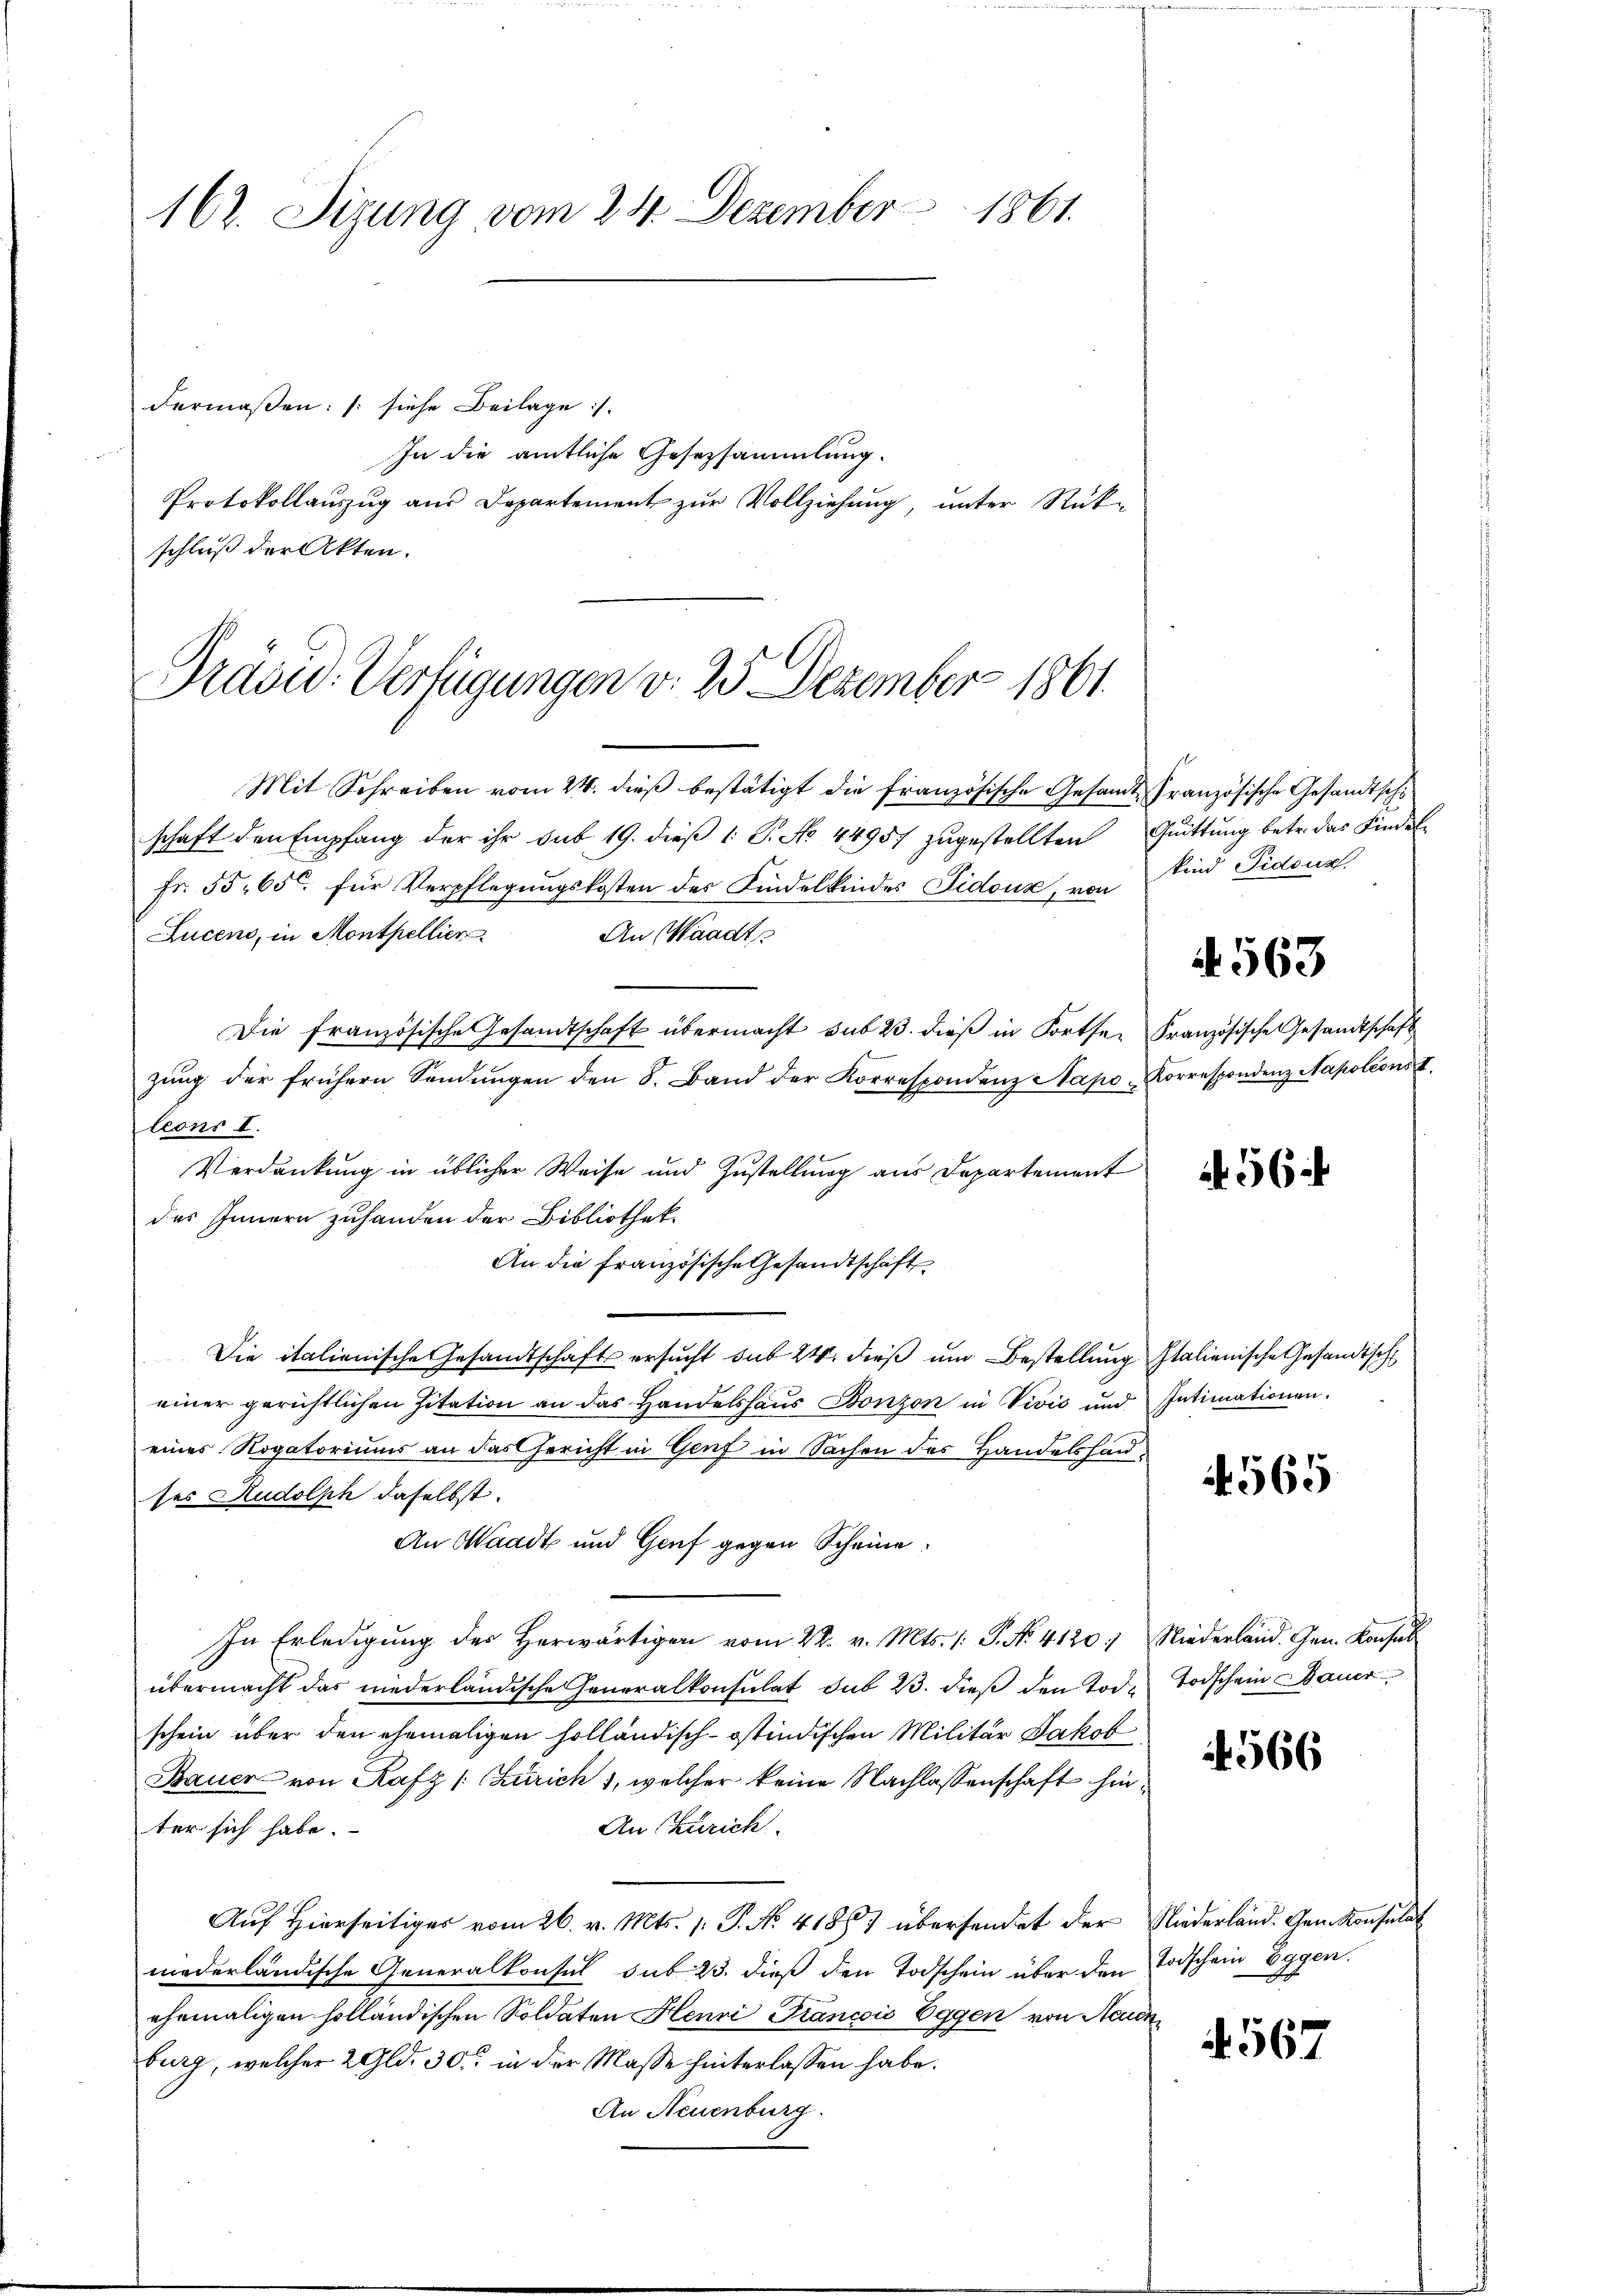
162. Sizung vom 24. Dezember 1861

dermaßen: /: siehe Beilage :/
In die amtliche Gesezsammlung.
Protokollauszug aus Departement zur Vollziehung, unter Rück-
schluß der Akten.
Mit Schreiben vom 24. dieß bestätigt die französische Gesamt Französische Gesandtschi
schaft den Empfang der ihr sub 19. dieβ 1 S. No. 44957 zŭgestellten Quittung betr. das Findel¬
Fr. 55. 650 für Verpflegungskosten des Kindelkindes Sidouz, von Kind Pidouz
Luceno, in Monthellier
An Waadt
Die französische Gesandtschaft übermacht sub 23. dieß in Fortse Französische Gesandtschaft
zung der frühern Sendungen den 8. Band der Korrespondenz Napo- Korrespondenz Napoleons
teons I.
Verdankung in üblicher Weise und Zustellung aus Departement
des Innern zuhanden der Bibliothek
An die französische Gesandtschaft
Die italienische Gesandtschafts ersucht sub 24. dieß und Bestellung Italienische Gesandtsch
einer gerichtlichen Zitation an das Handelshaus Bonzon in Vivić und Intimationen.
eines Rogatoriums an das Gericht in Genf in Sachen des Handelshauses Rudolph daselbst.
An Waadt und Genf gegen Scheine
In Erledigung des Herwärtigen vom 22. v. Mts. 1. P. No. 4120) Niederland. Gen. Konsul
übermacht das niederländische Generalkonsulat sub 23. dieß den Tod. Todschein Bauer
schein über den ehemaligen holländisch-östindischen Militär Jakob
Bauer von Rafz (Zürich 1, welcher keine Nachlassenschaft hin¬
An Zürich.
ter sich habe.
Auf Hierseitiger vom 26. v. Mts. 1. P. No. 41883 übersendet der Niederland. Gen. Konsulat
niederländische Generalkonsul sub 23. dieß den Todschein über den Todschein Eggen.
ehemaligen holländischen Soldaten Henri Francois Eggen von Neuen
burg, welcher 2 Gld. 30. in der Masse hinterlassen habe.
An Neuenburg.

Präsid. Verfügungen v. 25. Dezember 1861.

. 563

56

565

566

567